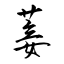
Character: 菨